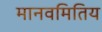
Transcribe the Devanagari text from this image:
मानवमितिय